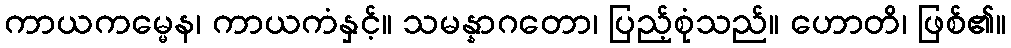
ကာယကမ္မေန၊ ကာယကံနှင့်။ သမန္နာဂတော၊ ပြည့်စုံသည်။ ဟောတိ၊ ဖြစ်၏။